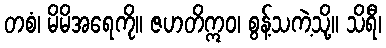
တစံ၊ မိမိအရေကို။ ဇဟတိဣဝ၊ စွန့်သကဲ့သို့။ သိရီ၊